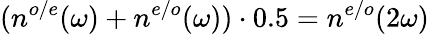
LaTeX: (n^{o/e}(\omega)+n^{e/o}(\omega))\cdot 0.5=n^{e/o}(2\omega)